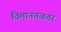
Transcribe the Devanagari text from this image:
विमानतळतर